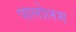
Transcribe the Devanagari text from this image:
पालोलम